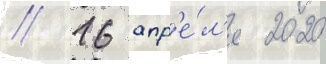
// 16 апр'е́л'я 2020